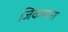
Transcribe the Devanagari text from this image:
जिकणारा